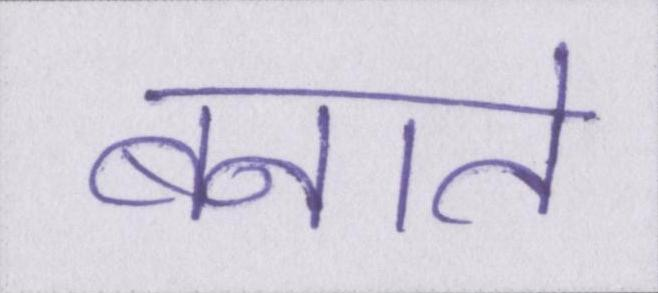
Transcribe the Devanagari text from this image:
बनाते